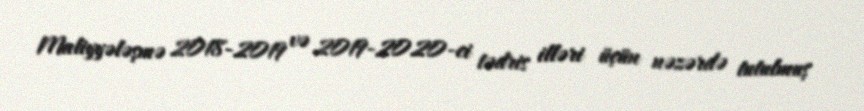
Maliyyələşmə 2018-2019 və 2019-2020-ci tədris illəri üçün nəzərdə tutulmuş